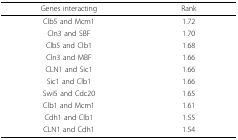
<table><thead><tr><td><b>Genes interacting</b></td><td><b>Rank</b></td></tr></thead><tbody><tr><td>Clb5 and Mcm1</td><td>1.72</td></tr><tr><td>Cln3 and SBF</td><td>1.70</td></tr><tr><td>Clb5 and Clb1</td><td>1.68</td></tr><tr><td>Cln3 and MBF</td><td>1.66</td></tr><tr><td>CLN1 and Sic1</td><td>1.66</td></tr><tr><td>Sic1 and Clb1</td><td>1.66</td></tr><tr><td>Swi5 and Cdc20</td><td>1.65</td></tr><tr><td>Clb1 and Mcm1</td><td>1.61</td></tr><tr><td>Cdh1 and Clb1</td><td>1.55</td></tr><tr><td>CLN1 and Cdh1</td><td>1.54</td></tr></tbody></table>